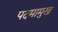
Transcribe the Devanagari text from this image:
पदमामुख